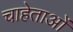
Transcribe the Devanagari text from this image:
चाहेताओं